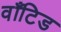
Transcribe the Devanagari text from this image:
वाँटिड